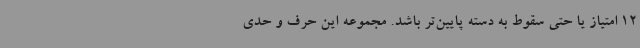
12 امتیاز یا حتی سقوط به دسته پایین‌تر باشد. مجموعه این حرف و حدی